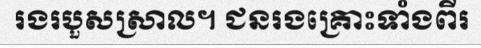
រងរបួសស្រាល។ ជនរងគ្រោះទាំងពីរ